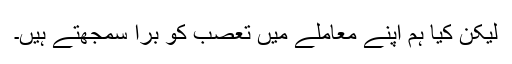
لیکن کیا ہم اپنے معاملے میں تعصب کو برا سمجھتے ہیں۔